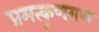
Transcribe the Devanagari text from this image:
प्रमत्कुणगण